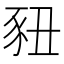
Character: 𬤽